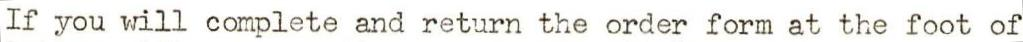
If you will complete and return the order form at the foot of